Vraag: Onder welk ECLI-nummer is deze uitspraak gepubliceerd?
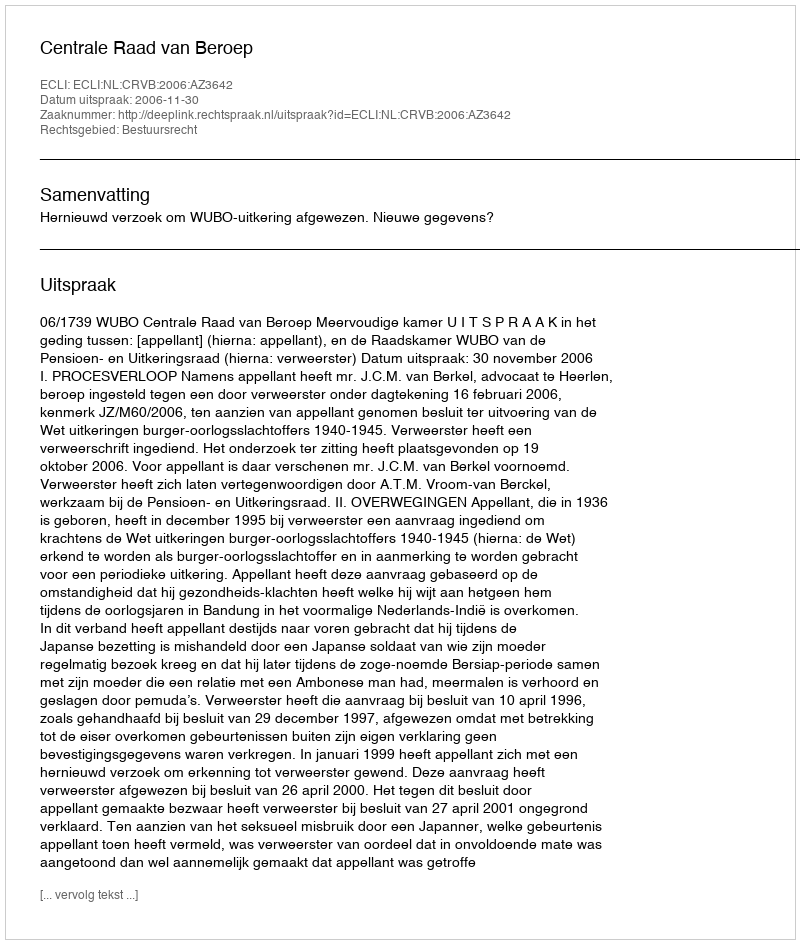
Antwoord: ECLI:NL:CRVB:2006:AZ3642